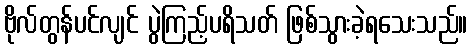
ဗိုလ်တွန်ပင်လျင် ပွဲကြည့်ပရိသတ် ဖြစ်သွားခဲ့ရသေးသည်။